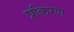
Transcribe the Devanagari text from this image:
प्रकिरण